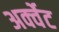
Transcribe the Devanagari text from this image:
अर्क्वेट